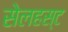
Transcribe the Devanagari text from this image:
सेलहस्ट